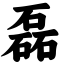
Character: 磊